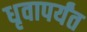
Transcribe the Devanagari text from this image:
धृवापर्यंत